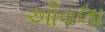
આઁવલા